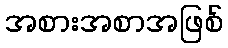
အစားအစာအဖြစ်